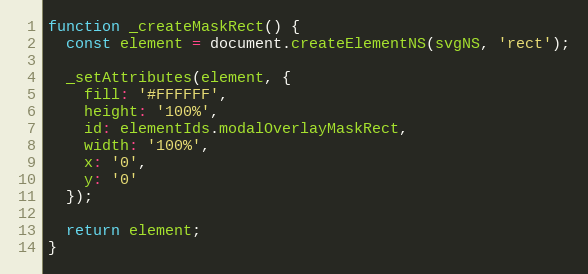
Language: JavaScript
function _createMaskRect() {
  const element = document.createElementNS(svgNS, 'rect');

  _setAttributes(element, {
    fill: '#FFFFFF',
    height: '100%',
    id: elementIds.modalOverlayMaskRect,
    width: '100%',
    x: '0',
    y: '0'
  });

  return element;
}